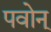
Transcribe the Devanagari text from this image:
पवोन्